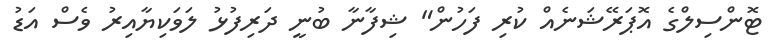
ޓޮންސިލްގެ އޮޕަރޭޝަނެއް ކުރި ފަހުން" ޝިފާނާ ބުނީ ދަރިފުޅު ލަވަކިޔާއިރު ވެސް އަޑު